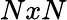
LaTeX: NxN